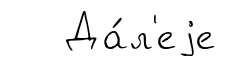
Да́л'еjе